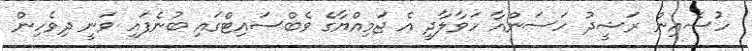
ހުސެއިން ރަޝީދު ހަސަންއާ ހަވާލާދީ އެ ޖަމިއްޔާގެ ވެބްސައިޓްގައި ބުނެފައި ވަނީ ދިވެހިން